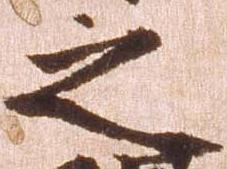
之